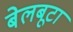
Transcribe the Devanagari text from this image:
बेलबूटा